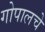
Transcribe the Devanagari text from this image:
गोपालचे